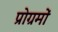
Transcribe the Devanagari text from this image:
प्रोग्रमों